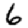
Digit: 6